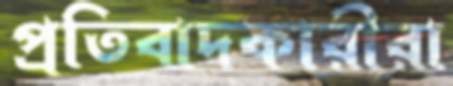
প্রতিবাদকারীরা